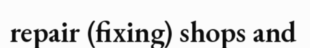
repair (fixing) shops and